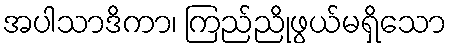
အပါသာဒိကာ၊ ကြည်ညိုဖွယ်မရှိသော